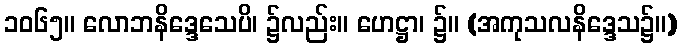
၁၀၆၅။ လောဘနိဒ္ဒေသေပိ၊ ၌လည်း။ ဟေဋ္ဌာ၊ ၌။ (အကုသလနိဒ္ဒေသ၌။)